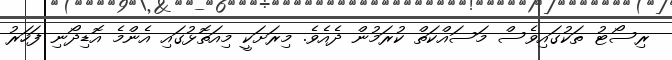
ރިސޯޓު ތަކުގައިވެސް މަސައްކަތް ކުރަމުން ދެއެވެ. މިރަށަކީ މިއަތޮޅުގައި އެންމެ އޮޑިދޯނި ފަހަރު